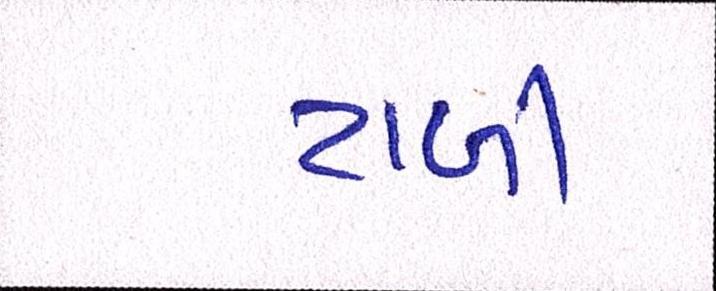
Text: ટાળી